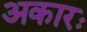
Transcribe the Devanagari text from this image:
अकारः